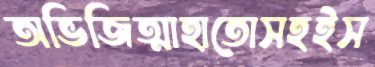
অভিজিত্মাহাতোসহইস